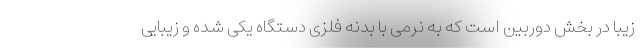
زیبا در بخش دوربین است که به نرمی با بدنه فلزی دستگاه یکی شده و زیبایی